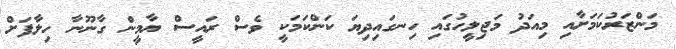
މަންޒަރުކަމަށާއި މިއަދު މަޖިލީހުގައި ހިނގައިދިޔަ ކަންކަމަކީ ވެސް ރައީސް ޔާމީން ގާނޫނާ ހިލާފަށް